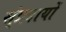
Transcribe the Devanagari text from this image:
स्ंप्रदायों